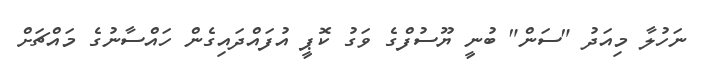
ނަހުލާ މިއަދު "ސަން" ބުނީ ޔޫސުފްގެ ވަގު ކޮޕީ އުފައްދައިގެން ހައްސާނުގެ މައްޗަށް